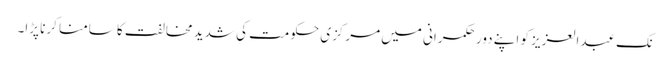
نک عبدالعزیز کو اپنے دورِ حکمرانی میں مرکزی حکومت کی شدید مخالفت کا سامنا کرنا پڑا۔